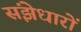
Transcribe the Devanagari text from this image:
संझेधारों